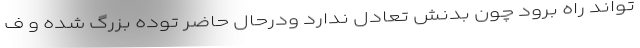
تواند راه برود چون بدنش تعادل ندارد ودرحال حاضر توده بزرگ شده و ف